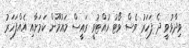
ވިދާޅުވީ ދެ ފަހަރު ވެސް ވޯޓު ހުއްޓުވީ ރައީސް މައުމޫން ކަމަށާއި އެއްފަހަރު